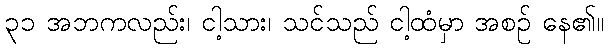
၃၁ အဘကလည်း၊ ငါ့သား၊ သင်သည် ငါ့ထံမှာ အစဉ် နေ၏။